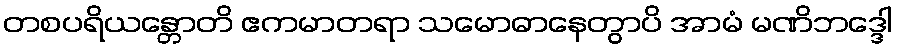
တစပရိယန္တောတိ ဧကမာတရာ သမောဓာနေတွာပိ အာမံ မဏိဘဒ္ဒေါ